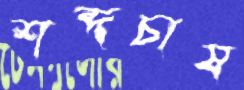
শব্দচাষ